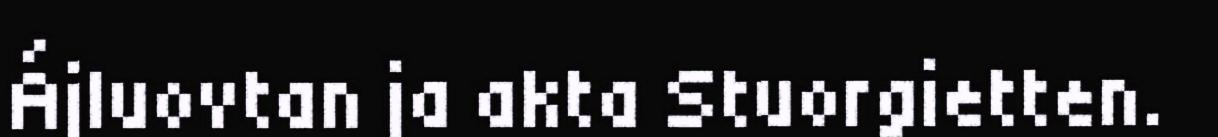
Ájluovtan ja akta Stuorgietten.